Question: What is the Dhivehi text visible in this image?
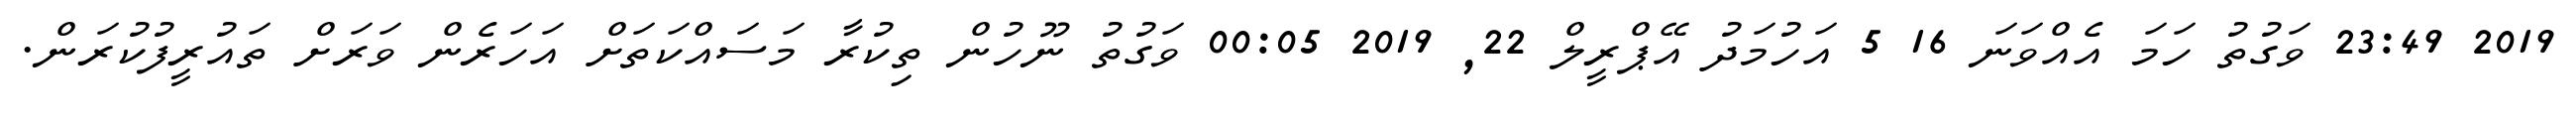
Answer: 2019 23:49 ވަގުތު ހަމަ އެއްވަނަ 16 5 އަހުމަދު އޭޕްރީލް 22, 2019 00:05 ވަގުތު ނޫހުން ތިކުރާ މަސައްކަތަށް އަހަރެން ވަރަށް ތައުރީފުކުރަން.